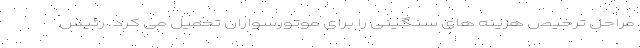
مراحل ترخیص هزینه های سنگینی را برای موتورسواران تحمیل می کرد. رئیس